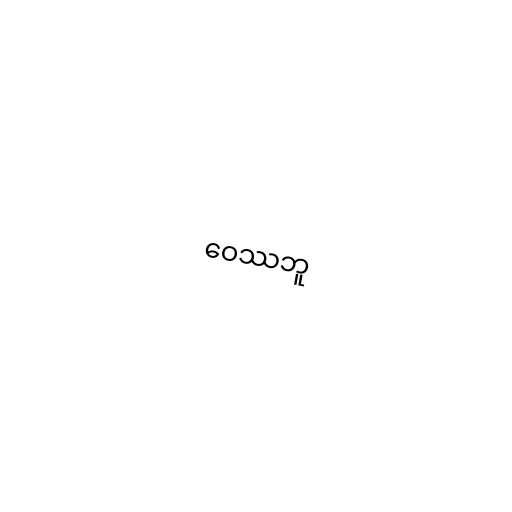
ဝေဿဘူ